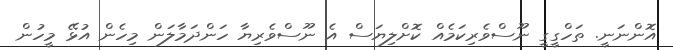
އޮންނަނީ. ތަހްގީގީ ނޫސްވެރިކަމެއް ކޮށްލިޔަސް އެ ނޫސްވެރިޔާ ހަންދަމާލަން މިހެން އުޅޭ މީހުން